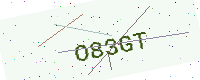
Text: O83GT